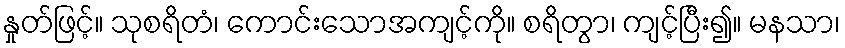
နှုတ်ဖြင့်။ သုစရိတံ၊ ကောင်းသောအကျင့်ကို။ စရိတွာ၊ ကျင့်ပြီး၍။ မနသာ၊